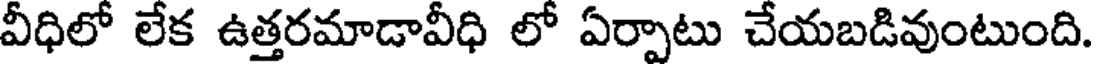
వీధిలో లేక ఉత్తరమాడావీధి లో ఏర్పాటు చేయబడివుంటుంది